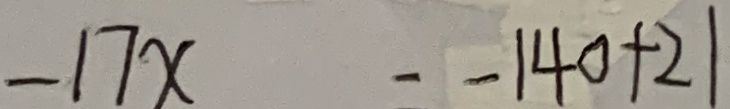
- 1 7 x - - 1 4 0 + 2 1